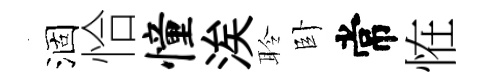
涸恰憧涘聆卧常恠